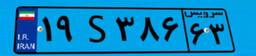
۱۹S۳۸۶۶۳